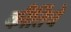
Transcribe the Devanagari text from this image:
कीर्तिचे